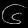
Digit: ၆